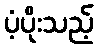
ပံ့ပိုးသည့်